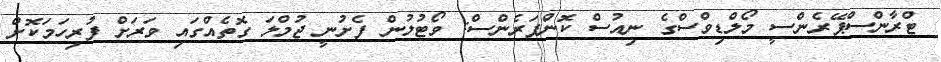
ޓްރާންސްޕޭރެންސީ މޯލްޑިވްސްގެ ނިއުސް ކޮންފަރެންސް: ވޯޓުލުން ފެށުނީ ޖުމްލަ ގޮތެއްގައި ވަރަށް ފުރިހަމަކޮށް